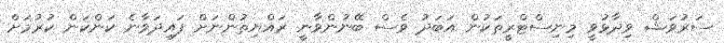
ސަރުވަޝް ވިދާޅުވީ މިނިސްޓްރީތަކުން އަބަދު ވެސް ބޭނުންވާނީ ރައްޔިތުންނަށް ފައިދަވާނެ ކަންކަން ކުރުމަށް